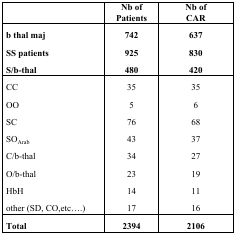
<table><thead><tr><td></td><td><b>Nb of Patients</b></td><td><b>Nb of CAR</b></td></tr></thead><tbody><tr><td><b>b thal maj</b></td><td><b>742</b></td><td><b>637</b></td></tr><tr><td><b>SS patients</b></td><td><b>925</b></td><td><b>830</b></td></tr><tr><td><b>S/b-thal</b></td><td><b>480</b></td><td><b>420</b></td></tr><tr><td>CC</td><td>35</td><td>35</td></tr><tr><td>OO</td><td>5</td><td>6</td></tr><tr><td>SC</td><td>76</td><td>68</td></tr><tr><td>SO<sub>Arab</sub></td><td>43</td><td>37</td></tr><tr><td>C/b-thal</td><td>34</td><td>27</td></tr><tr><td>O/b-thal</td><td>23</td><td>19</td></tr><tr><td>HbH</td><td>14</td><td>11</td></tr><tr><td>other (SD, CO,etc....)</td><td>17</td><td>16</td></tr><tr><td><b>Total</b></td><td><b>2394</b></td><td><b>2106</b></td></tr></tbody></table>